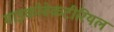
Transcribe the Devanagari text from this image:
माइकोबेकटीरियल